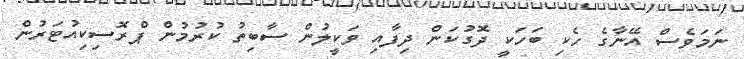
ނަމަވެސް އޭނާގެ ހެކި ބަހަކީ ދޮގުކަން ދިފާއި ވަކީލުން ސާބިތު ކުރުމުން ޕްރޮސިކިއުޓަރުން